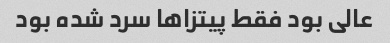
عالی بود فقط پیتزا‌ها سرد شده بود